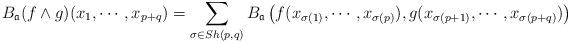
LaTeX: \begin{align*}B_{\mathfrak a}(f\wedge g)(x_1,\cdots,x_{p+q})=\sum_{\sigma\in Sh(p,q)}B_{\mathfrak a}\left( f (x_{\sigma(1)},\cdots,x_{\sigma(p)}),g (x_{\sigma(p+1)},\cdots,x_{\sigma(p+q)})\right) \end{align*}